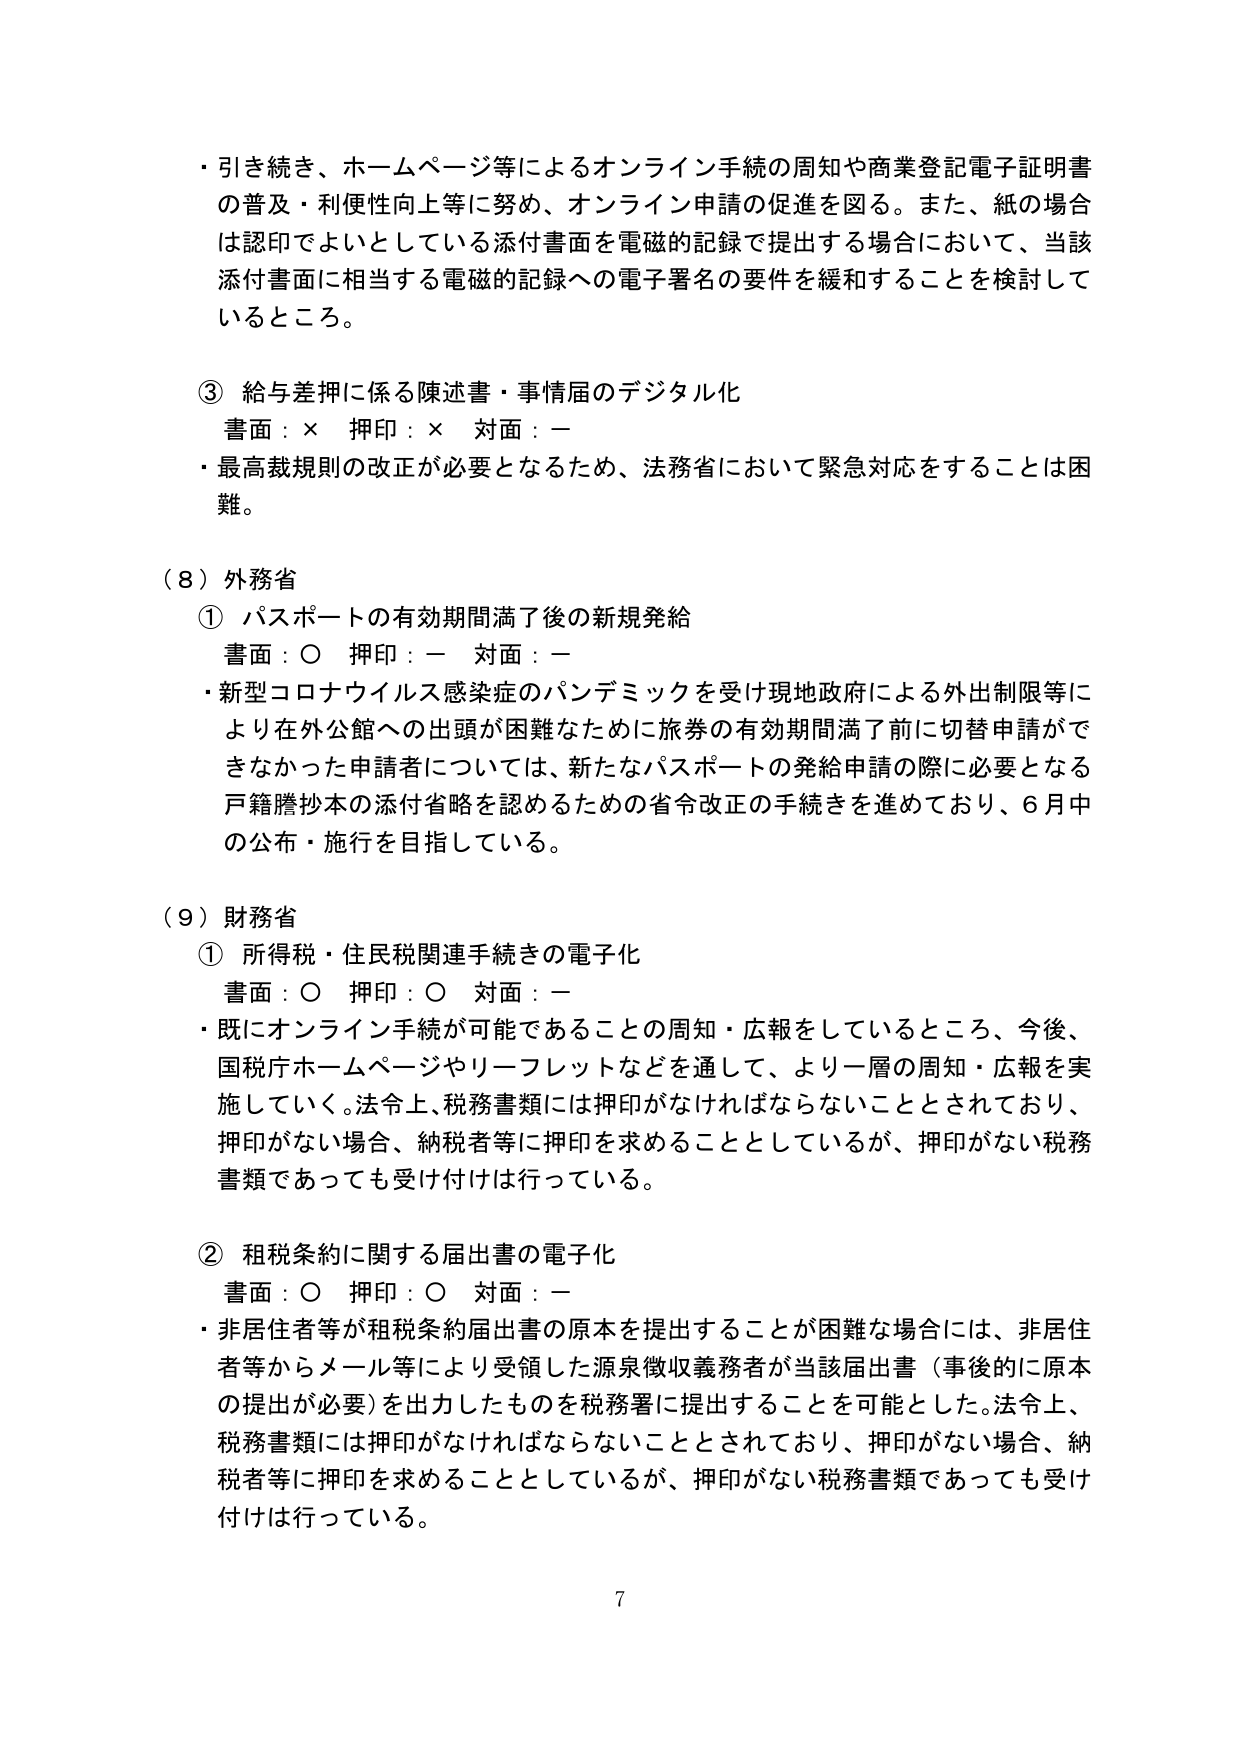
・引き続き、ホームページ等によるオンライン手続の周知や商業登記電子証明書の普及・利便性向上等に努め、オンライン申請の促進を図る。また、紙の場合は認印でよいとしている添付書面を電磁的記録で提出する場合において、当該添付書面に相当する電磁的記録への電子署名の要件を緩和することを検討しているところ。

③ 給与差押に係る陳述書・事情届のデジタル化
書面：× 押印：× 対面：ー
・最高裁規則の改正が必要となるため、法務省において緊急対応をすることは困難。

（8）外務省
① パスポートの有効期間満了後の新規発給
書面：○ 押印：ー 対面：ー
・新型コロナウイルス感染症のパンデミックを受け現地政府による外出制限等により在外公館への出頭が困難なため旅券の有効期間満了前に切替申請ができなかった申請者については、新たなパスポートの発給申請の際に必要となる戸籍謄抄本の添付省略を認めるための省令改正の手続きを進めており、6月中の公布・施行を目指している。

（9）財務省
① 所得税・住民税関連手続きの電子化
書面：○ 押印：○ 対面：ー
・既にオンライン手続が可能であることの周知・広報をしているところ、今後、国税庁ホームページやリーフレットなどを通して、より一層の周知・広報を実施していく。法令上、税務書類には押印がなければならないこととされており、押印がない場合、納税者等に押印を求めることとしているが、押印がない税務書類であっても受け付けは行っている。

② 租税条約に関する届出書の電子化
書面：○ 押印：○ 対面：ー
・非居住者等が租税条約届出書の原本を提出することが困難な場合には、非居住者等からメール等により受領した源泉徴収義務者が当該届出書（事後的に原本の提出が必要）を出力したものを税務署に提出することを可能とした。法令上、税務書類には押印がなければならないこととされており、押印がない場合、納税者等に押印を求めることとしているが、押印がない税務書類であっても受け付けは行っている。

7